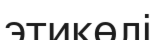
этикөлі